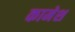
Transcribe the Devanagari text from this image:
कामेश